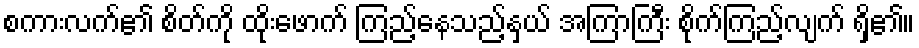
စကားလက်၏ စိတ်ကို ထိုးဖောက် ကြည့်နေသည့်နှယ် အကြာကြီး စိုက်ကြည့်လျက် ရှိ၏။